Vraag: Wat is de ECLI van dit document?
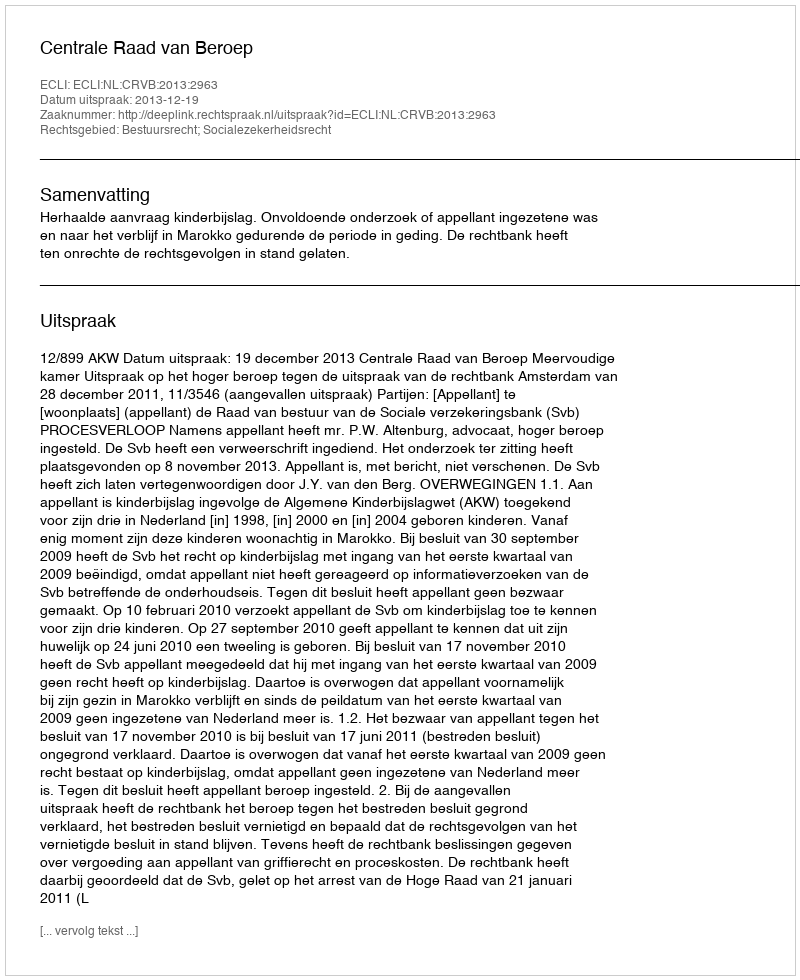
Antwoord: ECLI:NL:CRVB:2013:2963